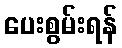
ပေးစွမ်းရန်